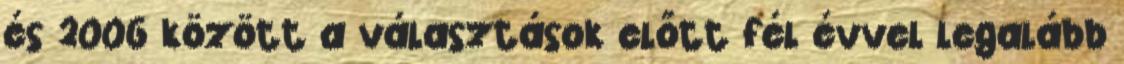
és 2006 között a választások előtt fél évvel legalább